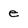
Character: e